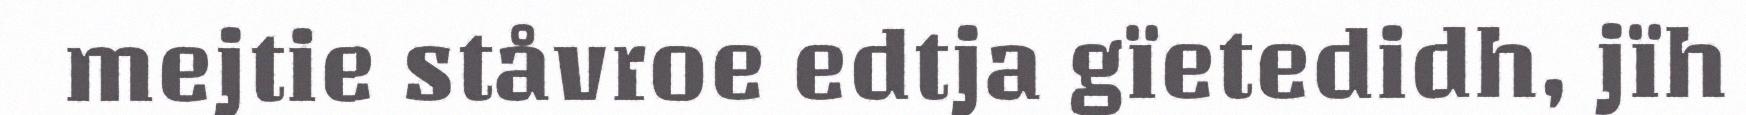
mejtie ståvroe edtja gïetedidh, jïh